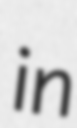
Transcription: in